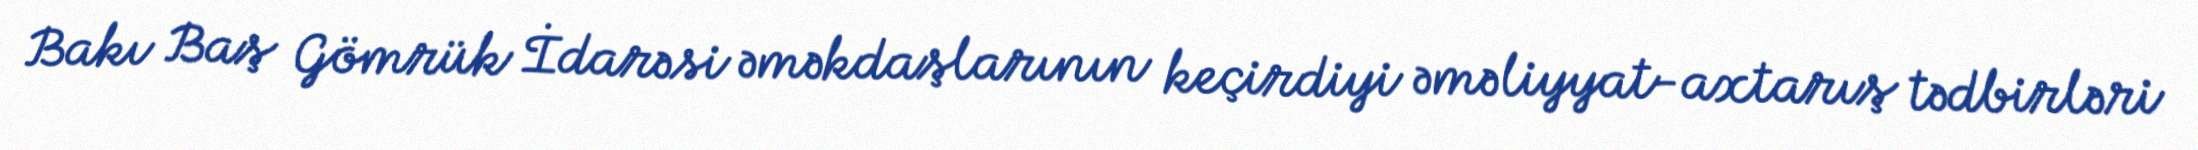
Bakı Baş Gömrük İdarəsi əməkdaşlarının keçirdiyi əməliyyat-axtarış tədbirləri